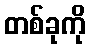
တစ်ခုကို